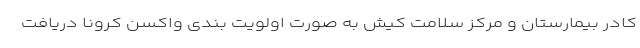
کادر بیمارستان و مرکز سلامت کیش به صورت اولویت بندی واکسن کرونا دریافت